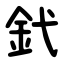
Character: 釴